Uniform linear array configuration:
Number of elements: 4
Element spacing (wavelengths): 1
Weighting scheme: cosine
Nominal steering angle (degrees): -15
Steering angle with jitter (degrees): -16.18
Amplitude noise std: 0.05
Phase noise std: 0.05

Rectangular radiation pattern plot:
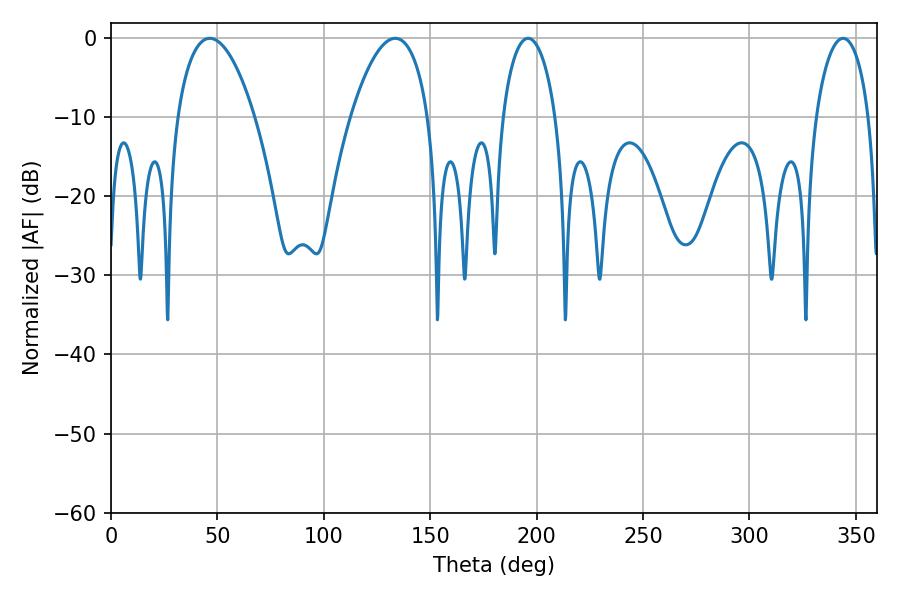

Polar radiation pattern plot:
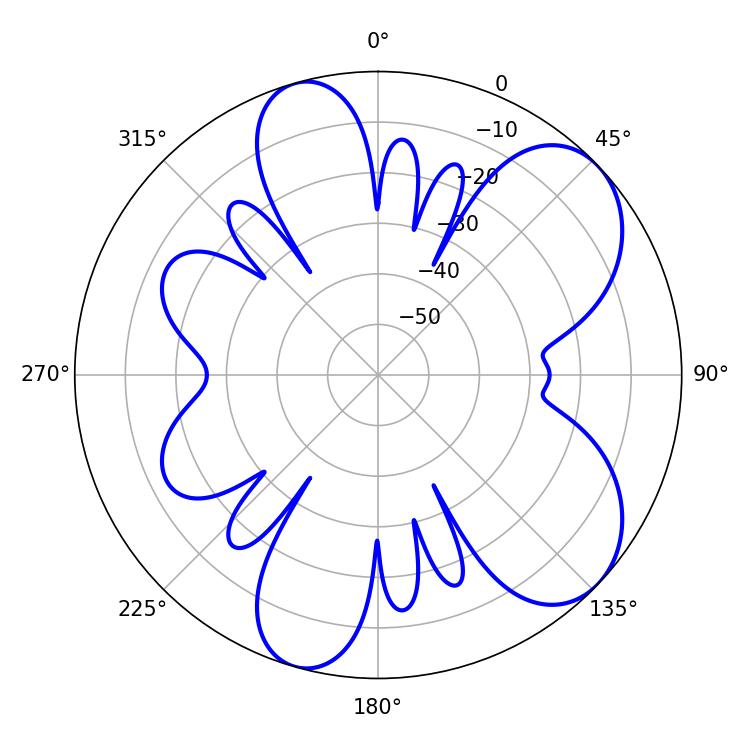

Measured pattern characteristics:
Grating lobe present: TRUE
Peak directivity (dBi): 7.191
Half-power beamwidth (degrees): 20.34
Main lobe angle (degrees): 46.44